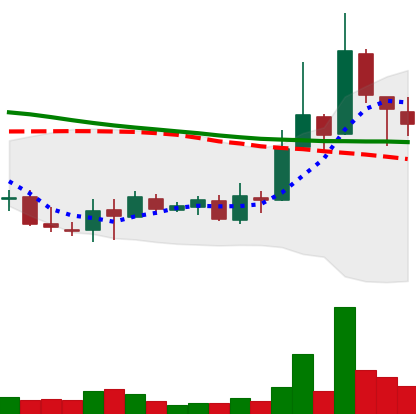
Ticker: XLM-USD
Chart end date: 2018-09-26
Forward return: 5.571%
Label: up_5_7